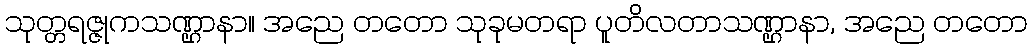
သုတ္တရဇ္ဇုကသဏ္ဌာနာ။ အညေ တတော သုခုမတရာ ပူတိလတာသဏ္ဌာနာ, အညေ တတော